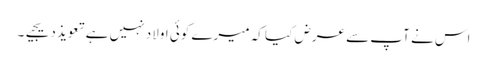
اس نے آپ سے عرض کیا کہ میرے کوئی اولاد نہیں ہے تعویذ دیجیے۔